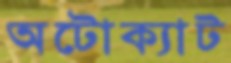
অটোক্যাট